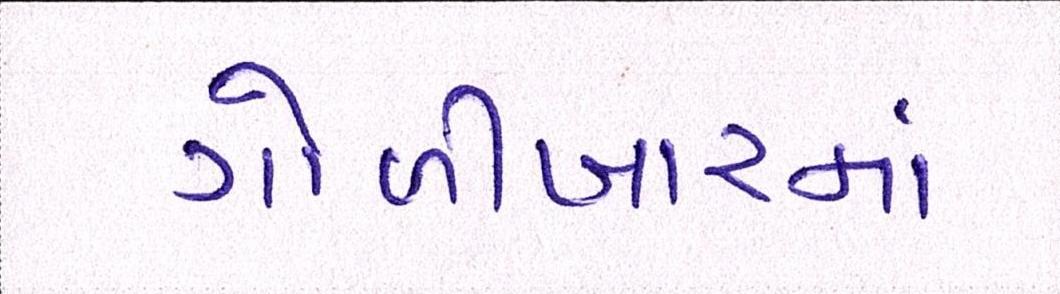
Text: ગોળીબારમાં